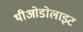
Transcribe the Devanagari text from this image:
थीओडोलाइट